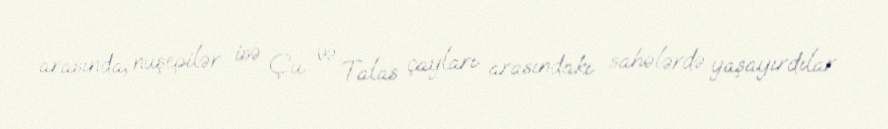
arasında, nuşepilər isə Çu və Talas çayları arasındakı sahələrdə yaşayırdılar.